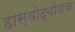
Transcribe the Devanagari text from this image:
हास्योद्बोधक